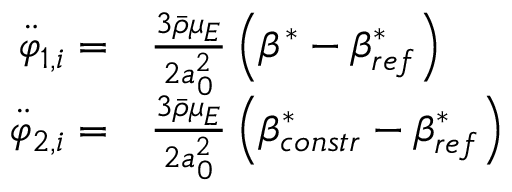
\begin{array} { r l } { \ddot { \varphi } _ { 1 , i } = } & { \frac { 3 \bar { \rho } \mu _ { E } } { 2 a _ { 0 } ^ { 2 } } \left( \beta ^ { * } - \beta _ { r e f } ^ { * } \right) } \\ { \ddot { \varphi } _ { 2 , i } = } & { \frac { 3 \bar { \rho } \mu _ { E } } { 2 a _ { 0 } ^ { 2 } } \left( \beta _ { c o n s t r } ^ { * } - \beta _ { r e f } ^ { * } \right) } \end{array}